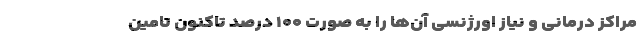
مراکز درمانی و نیاز اورژنسی آن‌ها را به صورت ۱۰۰ درصد تاکنون تامین